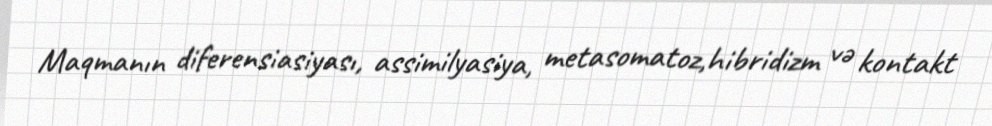
Maqmanın diferensiasiyası, assimilyasiya, metasomatoz,hibridizm və kontakt